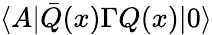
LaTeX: \langle A|\bar{Q}(x)\Gamma Q(x)|0\rangle